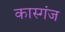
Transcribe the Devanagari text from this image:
कास्गंज